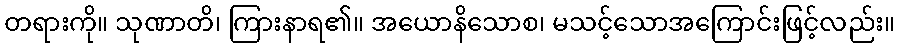
တရားကို။ သုဏာတိ၊ ကြားနာရ၏။ အယောနိသောစ၊ မသင့်သောအကြောင်းဖြင့်လည်း။